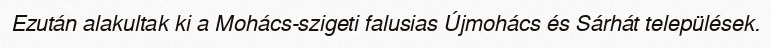
Ezután alakultak ki a Mohács-szigeti falusias Újmohács és Sárhát települések.